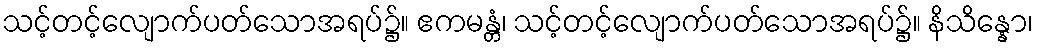
သင့်တင့်လျောက်ပတ်သောအရပ်၌။ ဧကမန္တံ၊ သင့်တင့်လျောက်ပတ်သောအရပ်၌။ နိသိန္နော၊